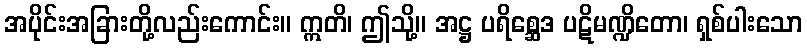
အပိုင်းအခြားတို့လည်းကောင်း။ ဣတိ၊ ဤသို့။ အဋ္ဌ ပရိစ္ဆေဒ ပဋိမဏ္ဍိတော၊ ရှစ်ပါးသော